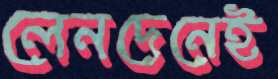
লেনদেনেই